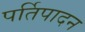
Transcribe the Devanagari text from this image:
पर्तिपादन